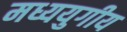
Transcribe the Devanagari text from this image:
मध्ययुगीय